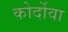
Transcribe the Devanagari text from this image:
कोर्दोवा